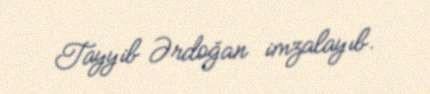
Tayyib Ərdoğan imzalayıb.